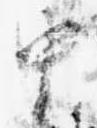
中